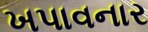
ખપાવનાર